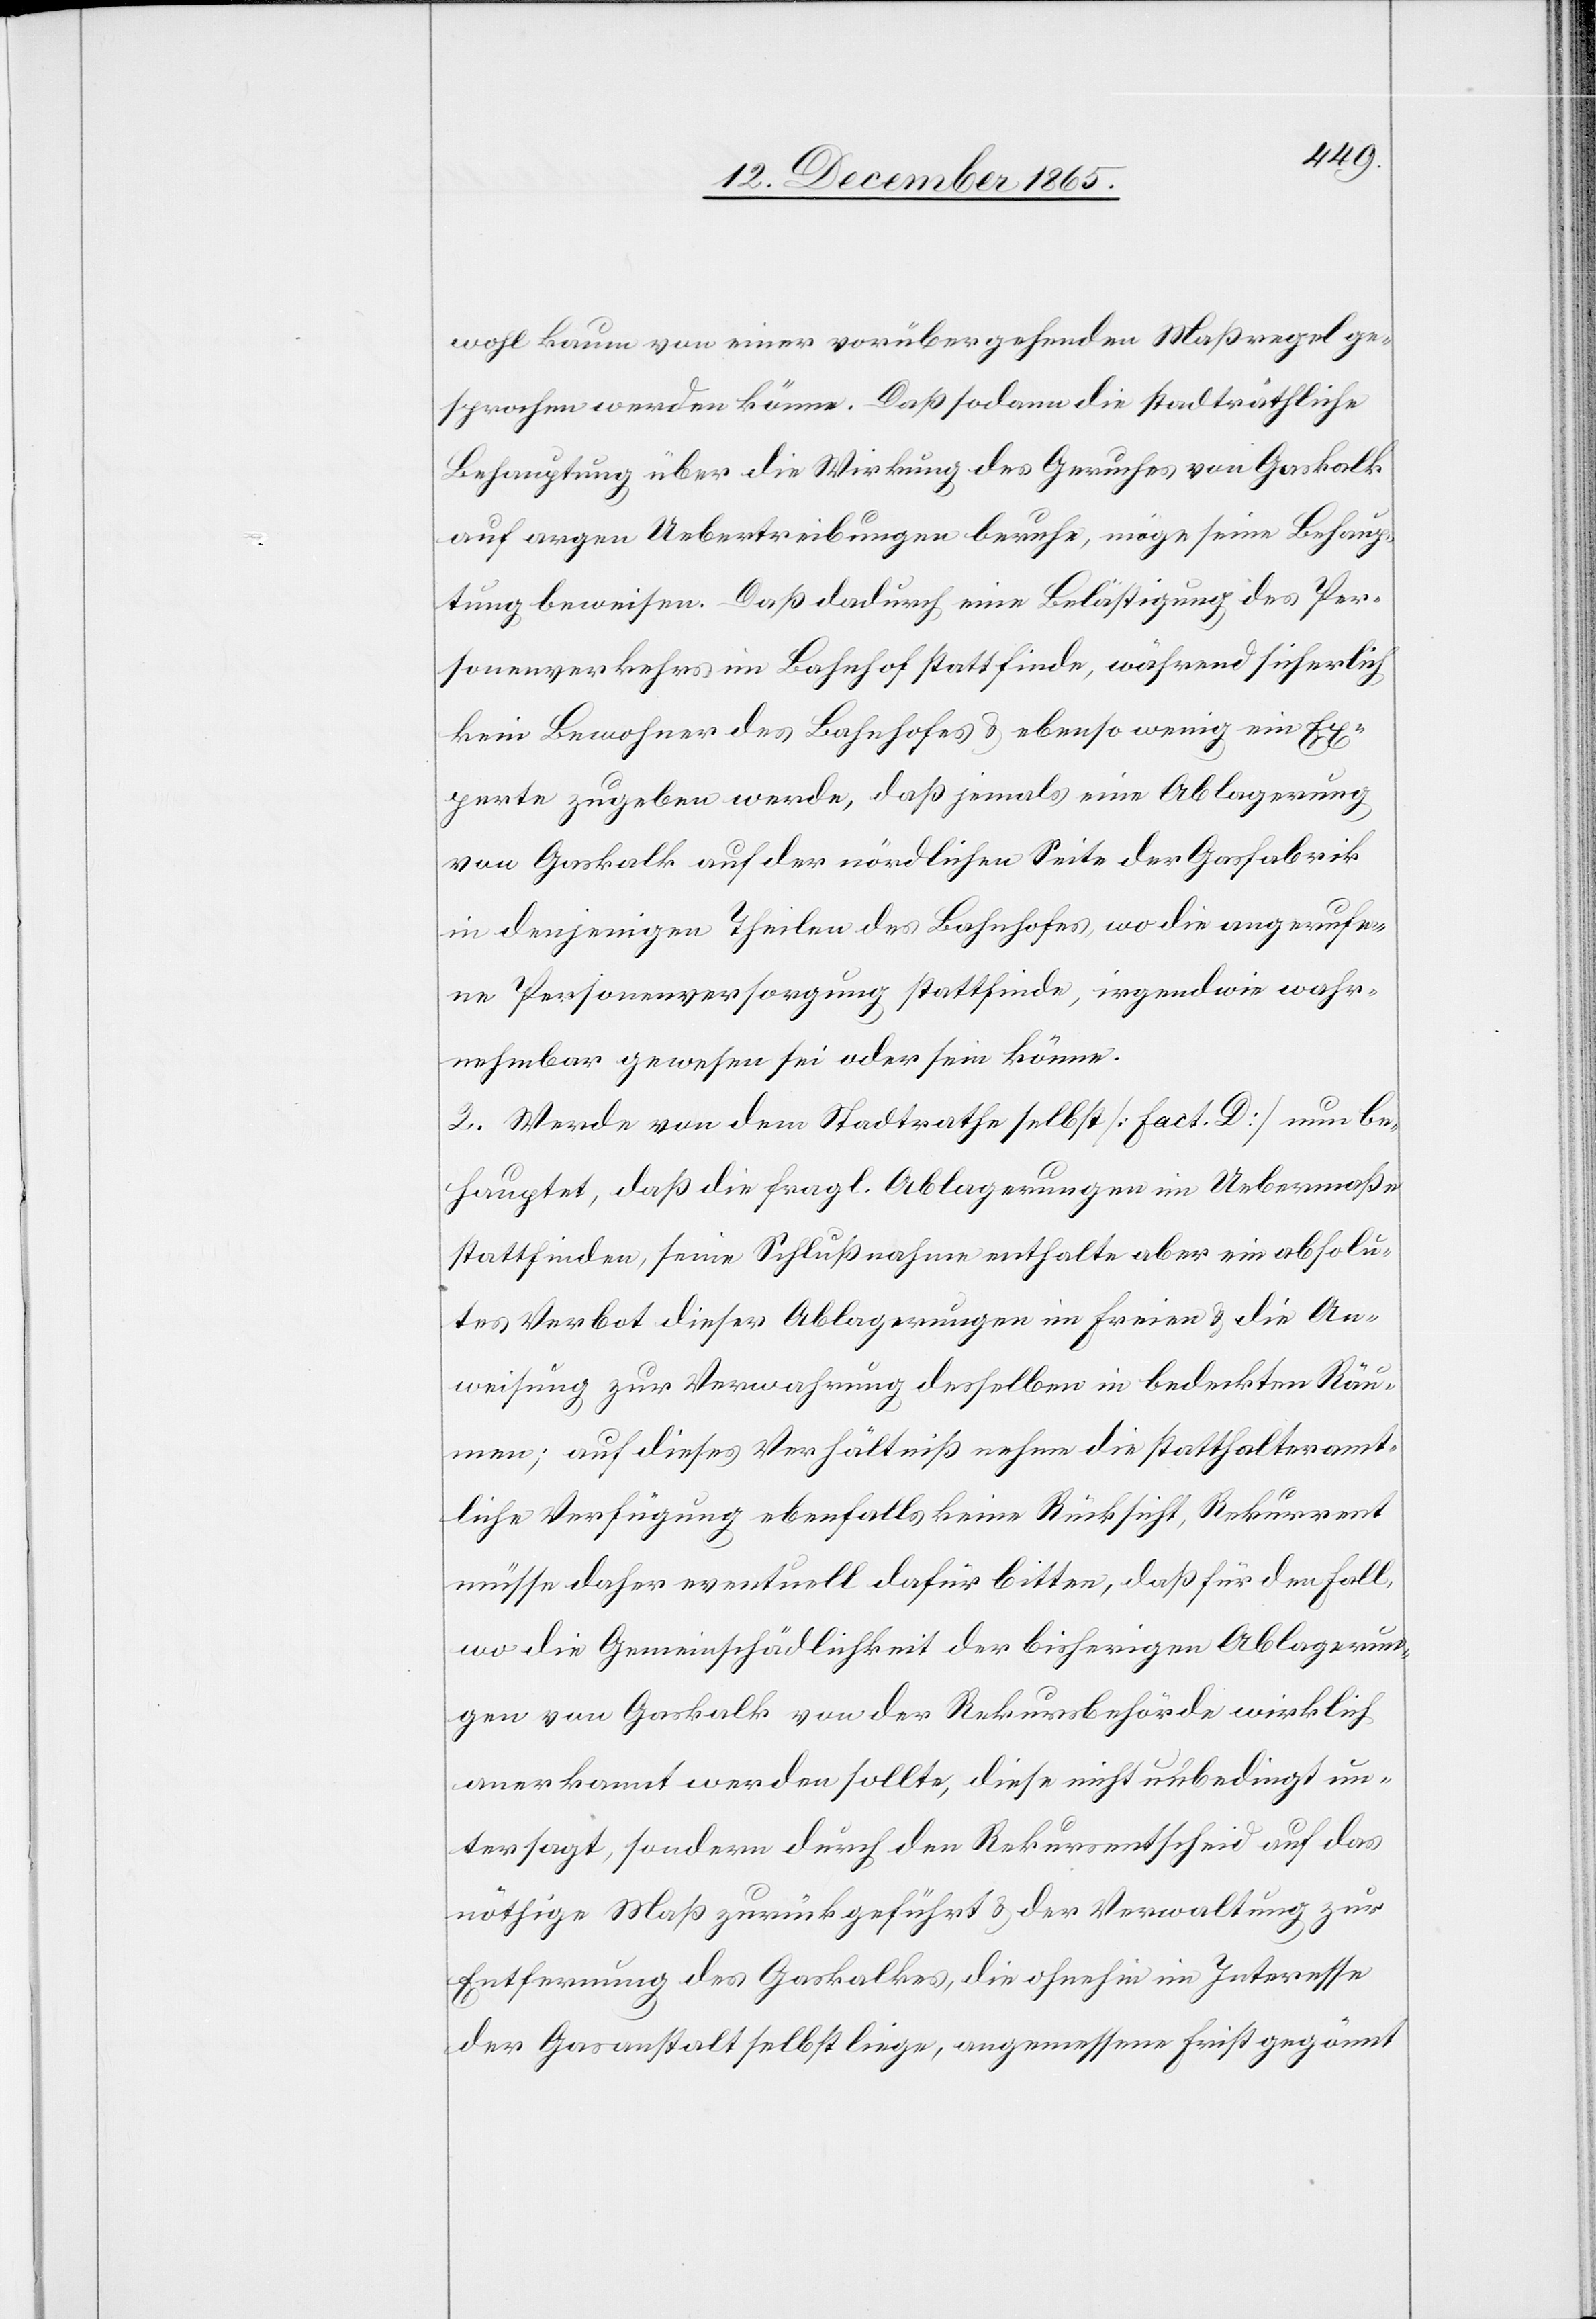
wohl kaum von einer vorübergehenden Maßregel ge¬
sprochen werden könne. Daß sodann die stadträthliche
Behauptung über die Wirkung des Geruches von Gaskalk
auf argen Uebertreibungen beruhe, möge seine Behaup¬
tung beweisen. Daß dadurch eine Belästigung des Per¬
sonenverkehrs im Bahnhof stattfinde, während sicherlich
keine Bewohner des Bahnhofes & ebenso wenig ein Ex¬
perte zugeben werde, daß jemals eine Ablagerung
von Gaskalk auf der nördlichen Seite der Gasfabrik
in denjenigen Theilen des Bahnhofes, wo die angerufe¬
ne Personenversorgung stattfinde, irgendwie wahr¬
nehmbar gewesen sei oder sein könne.
2. Werde von dem Stadtrath selbst [Fact. D.] nun be¬
hauptet, daß die fragl. Ablagerungen im Uebermaße
stattfinden, seine Schlußnahme enthalte aber ein absolu¬
tes Verbot dieser Ablagerungen im Freien & die An¬
weisung zur Verwahrung desselben in bedeckten Räumen;
auf dieses Verhältniß nehme die statthalteramt¬
liche Verfügung ebenfalls keine Rücksicht, Rekurrent
müsse daher eventuell dafür bitten, daß für den Fall,
wo die Gemeinschädlichkeit der bisherigen Ablagerun¬
gen von Gaskalk von der Rekursbehörde wirklich
anerkannt werden sollte, diese nicht unbedingt un¬
tersagt, sondern durch den Rekursentscheid auf das
nötige Maß zurückgeführt & der Verwaltung zur
Entfernung des Gaskalkes, die ohnehin im Interesse
der Gasanstalt selbst liege, angemessene Frist gegönnt